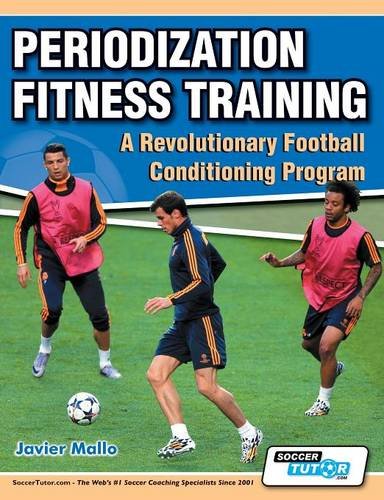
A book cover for Periodization Fitness Training - A Revolutionary Football Conditioning Program; Javier Mallo; Sports & Outdoors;